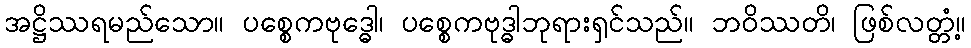
အဋ္ဌိဿရမည်သော။ ပစ္စေကဗုဒ္ဓေါ၊ ပစ္စေကဗုဒ္ဓါဘုရားရှင်သည်။ ဘဝိဿတိ၊ ဖြစ်လတ္တံ့။